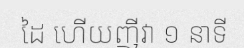
ដៃ ហើយញីវា ១ នាទី